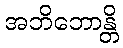
အဘိဘောန္တိ